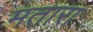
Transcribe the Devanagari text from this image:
मतारा